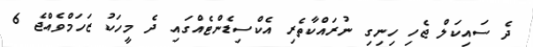
ދެ ސައިކަލް ޖެހި ހިނިގި ނުރައްކާތެރި އެކްސިޑެންޓެއްގައި ދެ މީހަކު ޒަހަމްވެއްޖެ 6